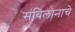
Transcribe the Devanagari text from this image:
संबिलानाचे